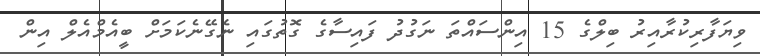
ވިޔަފާރިކުރާއިރު ބިލްގެ 15 އިންސައްތަ ނަގުދު ފައިސާގެ ގޮތުގައި ނެގޭނެކަމަށް ބީއެމްއެލް އިން